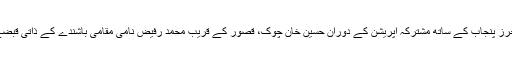
تیسری کاروائی کے دوران اے این ایف لاہور نے پاکستان رینجرز پنجاب کے ساتھ مشترکہ آپریشن کے دوران حسین خان چوک، قصور کے قریب محمد رفیض نامی مقامی باشندے کے ذاتی قبضے سے 2 کلو گرام چرس برآمد کر کے ملزم کو گرفتار کر لیا۔